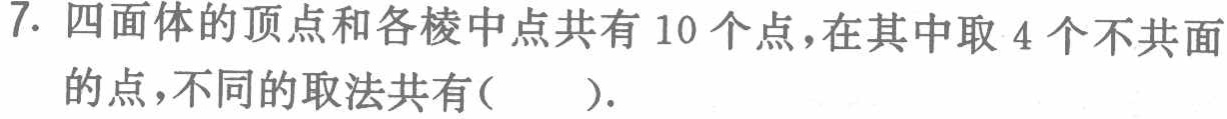
7. 四面体的顶点和各棱中点共有 10 个点，在其中取 4 个不共面的点，不同的取法共有( ).